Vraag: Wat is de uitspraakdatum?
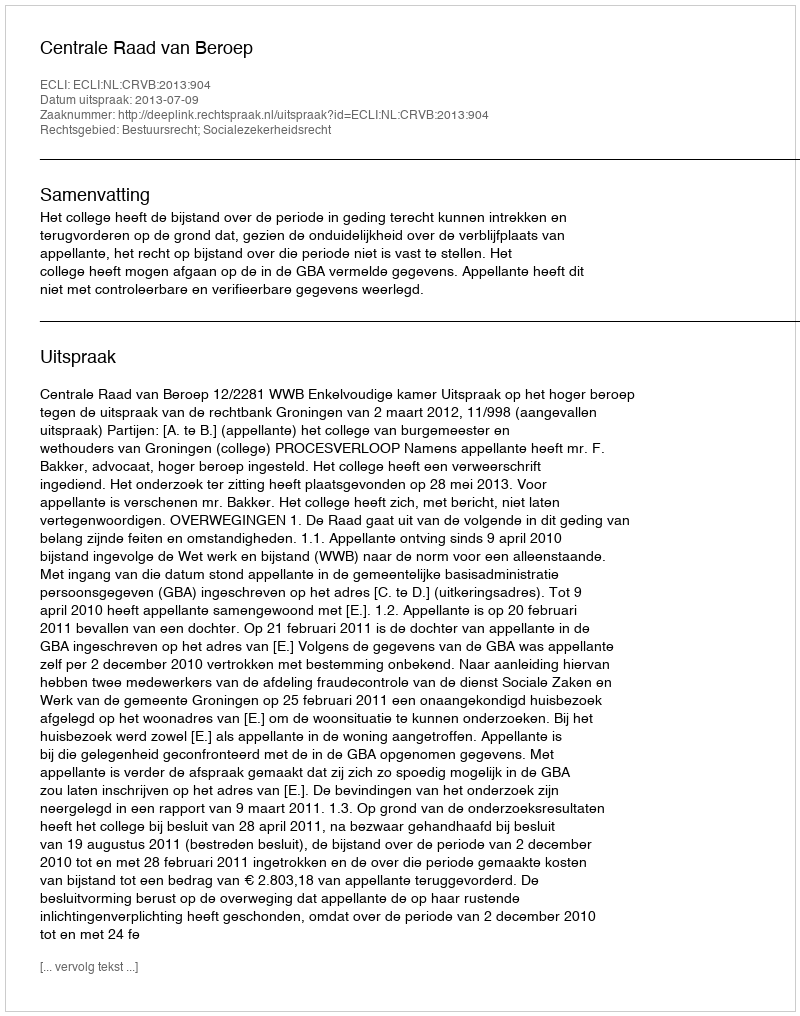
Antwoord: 2013-07-09